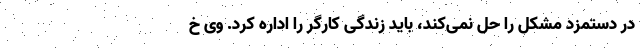
در دستمزد مشکل را حل نمی‌کند، باید زندگی کارگر را اداره کرد. وی خ